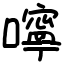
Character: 嚀